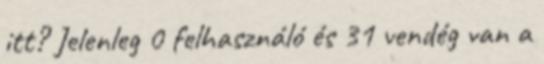
itt? Jelenleg 0 felhasználó és 31 vendég van a